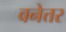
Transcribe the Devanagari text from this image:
वनेत्तर